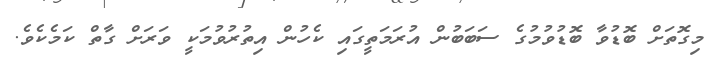
މިގޮތަށް ބޮޑުވާ ބޮޑުވުމުގެ ސަބަބުން އުރަމަތީގައި ކެހުން އިތުރުވުމަކީ ވަރަށް ގާތް ކަމެކެވެ.